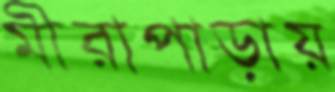
মীরাপাড়ায়